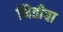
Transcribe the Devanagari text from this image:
भितीचा